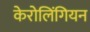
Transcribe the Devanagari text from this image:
केरोलिंगियन